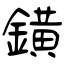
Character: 鐄